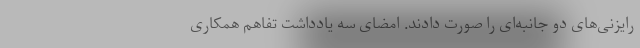
رایزنی‌های دو جانبه‌ای را صورت دادند. امضای سه یادداشت تفاهم همکاری